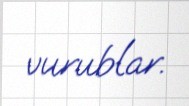
vurublar.